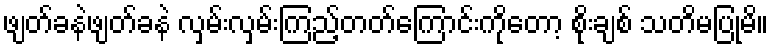
ဖျတ်ခနဲဖျတ်ခနဲ လှမ်းလှမ်းကြည့်တတ်ကြောင်းကိုတော့ စိုးချစ် သတိမပြုမိ။